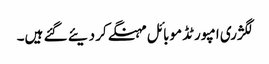
لگژری امپورٹڈ موبائل مہنگے کر دیئے گئے ہیں۔